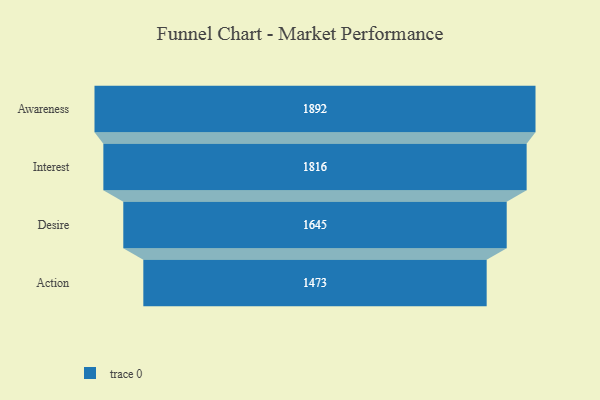
{"axis": {"x": "Stage", "y": "Value"}, "legend": [""], "data": [{"x": "Awareness", "y": 1892.0, "type": ""}, {"x": "Interest", "y": 1816.0, "type": ""}, {"x": "Desire", "y": 1645.0, "type": ""}, {"x": "Action", "y": 1473.0, "type": ""}]}